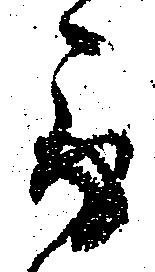
取